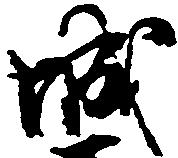
城